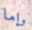
وإما